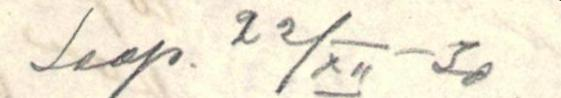
Saap. 22/XII -30